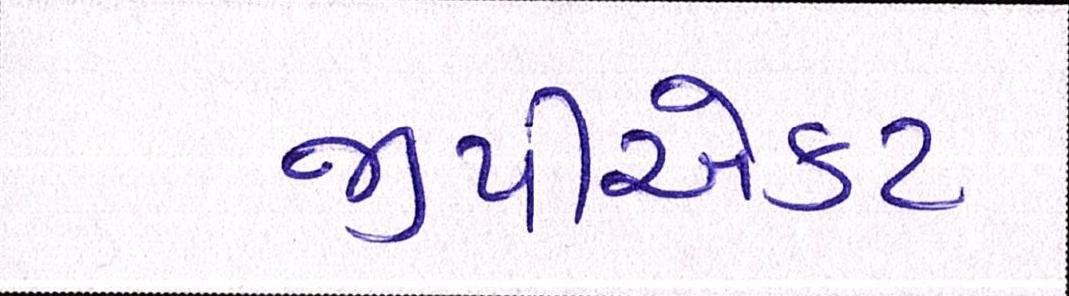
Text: જીપીએકટ